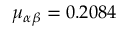
\mu _ { \alpha \beta } = 0 . 2 0 8 4